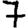
Digit: 7